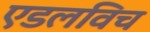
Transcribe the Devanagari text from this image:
एडलविच